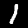
Digit: 1